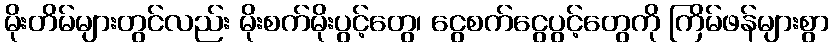
မိုးတိမ်များတွင်လည်း မိုးစက်မိုးပွင့်တွေ၊ ငွေစက်ငွေပွင့်တွေကို ကြိမ်ဖန်များစွာ